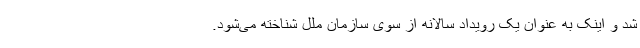
شد و اینک به عنوان یک رویداد سالانه از سوی سازمان ملل شناخته می‌شود.